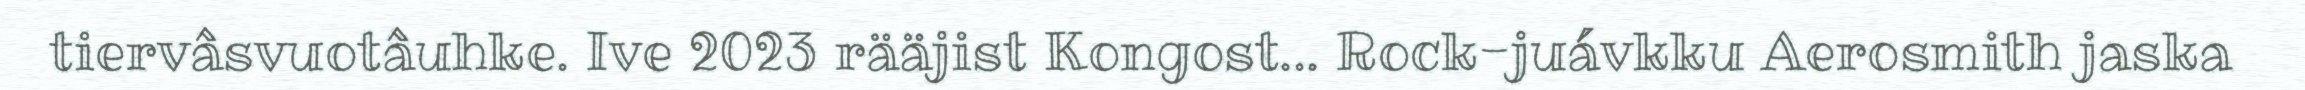
tiervâsvuotâuhke. Ive 2023 rääjist Kongost... Rock-juávkku Aerosmith jaska